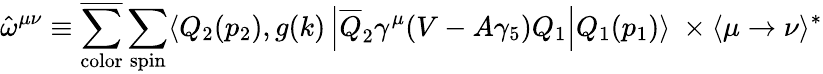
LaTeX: {\hat{\omega}}^{\mu\nu}\equiv{\overline{{{\sum_{\mathrm{{color}}}}}}}\sum_{\mathrm{spin}}\langle Q_{2}(p_{2}),g(k)\left|{\overline{{{Q}}}}_{2}\gamma^{\mu}(V-A\gamma_{5})Q_{1}\right|Q_{1}(p_{1})\rangle\ \times\langle\mu\rightarrow\nu\rangle^{\ast}